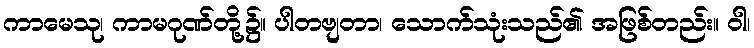
ကာမေသု၊ ကာမဂုဏ်တို့၌။ ပါတဗျတာ၊ သောက်သုံးသည်၏ အဖြစ်တည်း။ ဝါ၊